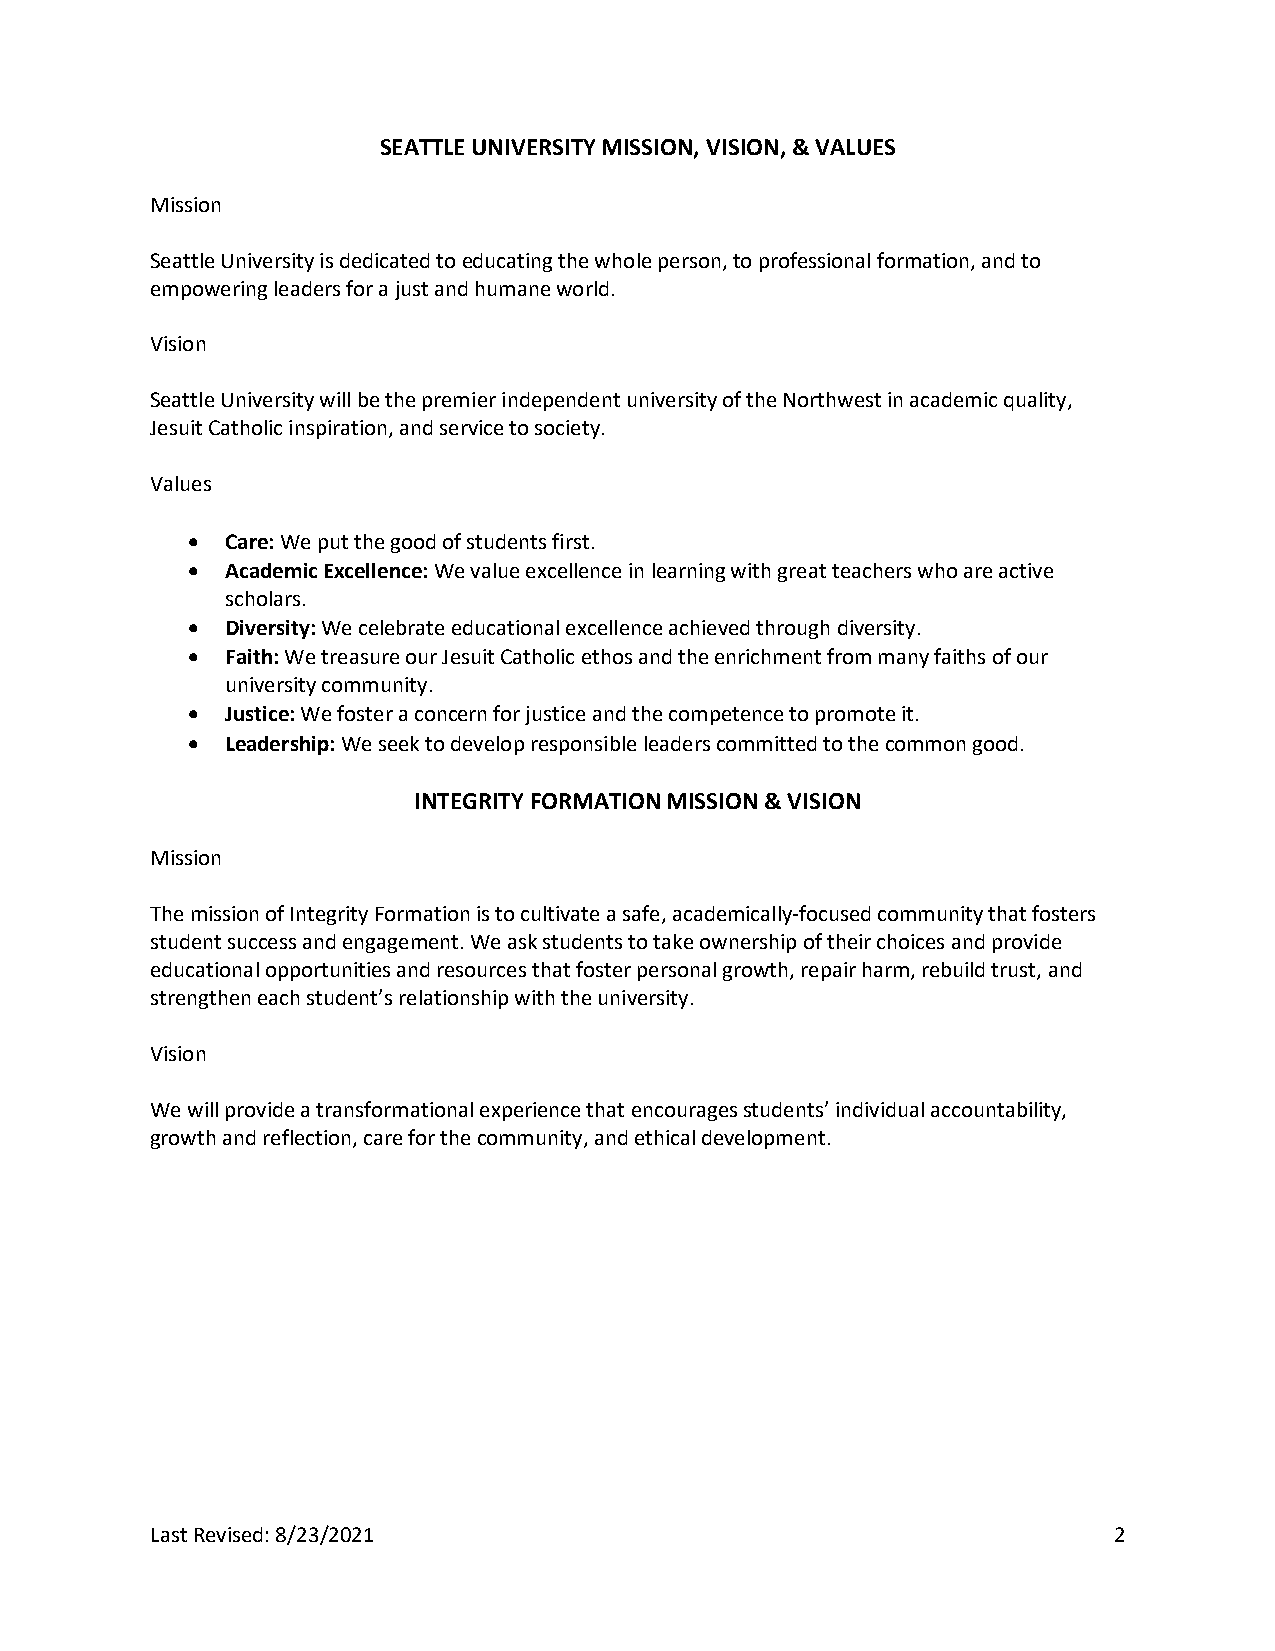
SEATTLE UNIVERSITY MISSION, VISION, & VALUES
 Mission
 Seattle University is dedicated to educating the whole person, to professional formation, and to
 empowering leaders for a just and humane world.
 Vision
 Seattle University will be the premier independent university of the Northwest in academic quality,
 Jesuit Catholic inspiration, and service to society.
 Values
 •  Care: We put the good of students first.
 •  Academic Excellence: We value excellence in learning with great teachers who are active
 scholars.
 •  Diversity: We celebrate educational excellence achieved through diversity.
 •  Faith: We treasure our Jesuit Catholic ethos and the enrichment from many faiths of our
 university community.
 •  Justice: We foster a concern for justice and the competence to promote it.
 •  Leadership: We seek to develop responsible leaders committed to the common good.
 INTEGRITY FORMATION MISSION & VISION
 Mission
 The mission of Integrity Formation is to cultivate a safe, academically-focused community that fosters
 student success and engagement. We ask students to take ownership of their choices and provide
 educational opportunities and resources that foster personal growth, repair harm, rebuild trust, and
 strengthen each student’s relationship with the university.
 Vision
 We will provide a transformational experience that encourages students’ individual accountability,
 growth and reflection, care for the community, and ethical development.
 Last Revised: 8/23/2021                                         2